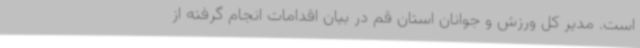
است. مدیر کل ورزش و جوانان استان قم در بیان اقدامات انجام گرفته از